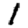
Digit: 1